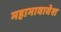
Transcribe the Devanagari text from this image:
महाभावावेश